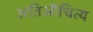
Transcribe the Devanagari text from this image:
अतिऔचित्य